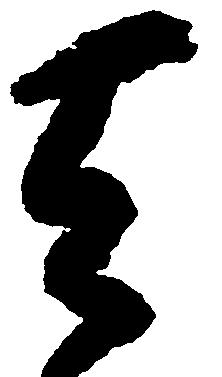
天